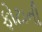
ફોટાની